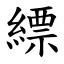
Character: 縹